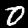
Digit: 0